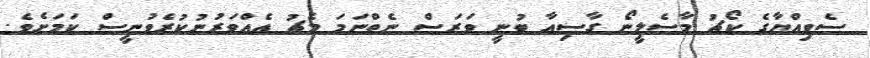
ސެވިއްޔާގެ ކޯޗު މާސެލީނޯ ގާސިއާ ބުނީ ވަރަސް ނެތްނަމަ މެޗު އެއްވަރުނުކުރެވުނީސް ކަމަށެވެ.